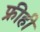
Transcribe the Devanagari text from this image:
फ्रीही